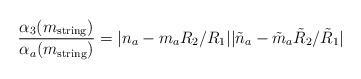
LaTeX: \begin{align*}\frac{\alpha_3(m_{\rm string})}{\alpha_a(m_{\rm string})}=|n_a - m_aR_2/R_1||\tilde{n}_a - \tilde{m}_a\tilde{R}_2/\tilde{R}_1|\end{align*}